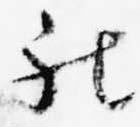
被